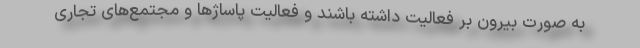
به صورت بیرون بر فعالیت داشته باشند و فعالیت پاساژها و مجتمع‌های تجاری